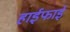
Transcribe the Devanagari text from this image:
हाईफाई